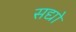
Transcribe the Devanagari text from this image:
सद्यो